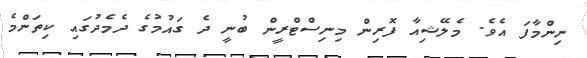
ނިންމާފަ އެވެ. މެލޭޝިއާ ފޮރިން މިނިސްޓްރީން ބުނީ ދެ ގައުމުގެ ދެމެދުގައި ކިތަންމެ